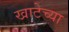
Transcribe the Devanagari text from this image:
खाटेच्या